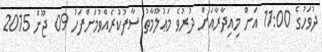
ދުވަހުގެ 11:00 އަށް މިއިދާރާއަށް ދުރުވެ މަޢުލޫމާތު ސާފުކުރެއްވުމަށްފަހު 09 ޖޫން 2015